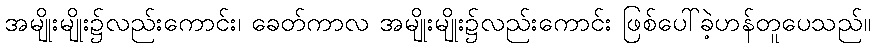
အမျိုးမျိုး၌လည်းကောင်း၊ ခေတ်ကာလ အမျိုးမျိုး၌လည်းကောင်း ဖြစ်ပေါ်ခဲ့ဟန်တူပေသည်။